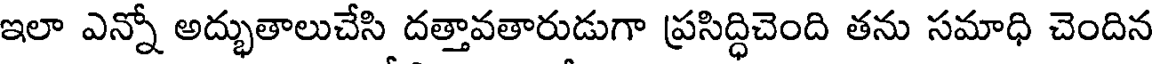
ఇలా ఎన్నో అద్భుతాలుచేసి దత్తావతారుడుగా ప్రసిద్ధిచెంది తను సమాధి చెందిన